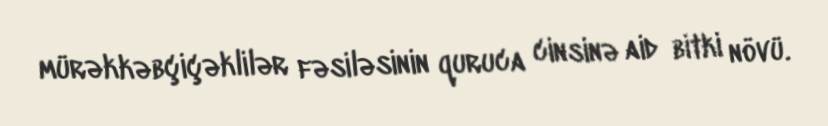
mürəkkəbçiçəklilər fəsiləsinin quruca cinsinə aid bitki növü.